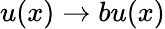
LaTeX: u(x)\to bu(x)